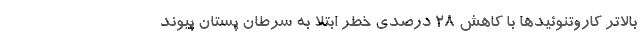
بالاتر کاروتنوئیدها با کاهش 28 درصدی خطر ابتلا به سرطان پستان پیوند